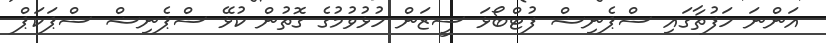
އަންނަ ހަފުތާގައި ސްޕެނިޝް ފުޓްބޯޅަ ސީޒަން ހުޅުވުމުގެ ގޮތުން ކުޅޭ ސްޕެނިޝް ސްޕަކަޕް